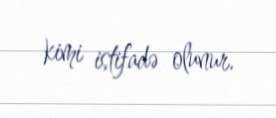
kimi istifadə olunur.